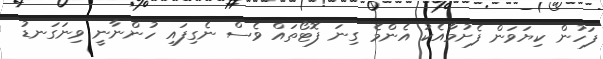
ފަހުން ކިޔަވަން ފެށުމާއެކު އެންމެ ގިނަ ފޮޓޯތައް ވެސް ނެގިފައި ހުންނާނީ ވިނަގަނޑު